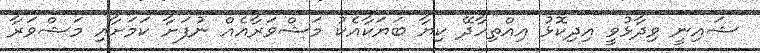
ޝައިނީ ވިދާޅުވީ އިދިކޮޅު އިއްތިހާދޭ ކިޔާ ބަޔަކާއެކު މަޝްވަރާއެއް ނުފަށާ ކަމަށާއި މަޝްވަރާ